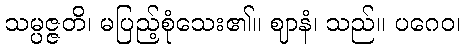
သမ္ပဇ္ဇတိ၊ မပြည့်စုံသေး၏။ ဈာနံ၊ သည်။ ပဂေဝ၊